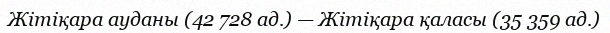
Жітіқара ауданы (42 728 ад.) — Жітіқара қаласы (35 359 ад.)